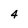
Character: 4